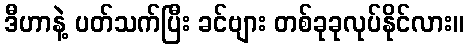
ဒီဟာနဲ့ ပတ်သက်ပြီး ခင်ဗျား တစ်ခုခုလုပ်နိုင်လား။